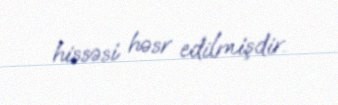
hissəsi həsr edilmişdir.